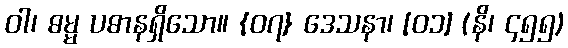
ဝါ၊ ဓမ္မ ပဓာနရှိသော။ {၀၇} ဒေသနာ၊ [၀၁] (နိ၊ ၄၅၅)